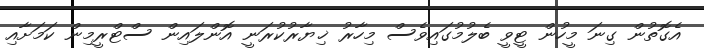
އެގޮތުން ގިނަ މީހުން ޓީވީ ބެލުމުގައިވެސް މިހާރު ޚިޔާރުކުރަނީ އޮންލައިން ސްޓްރީމިން ކަމަށާއި